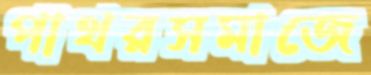
পাথরসমাজে